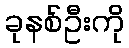
ခုနစ်ဦးကို